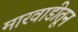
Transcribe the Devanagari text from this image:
मारवाडीतून